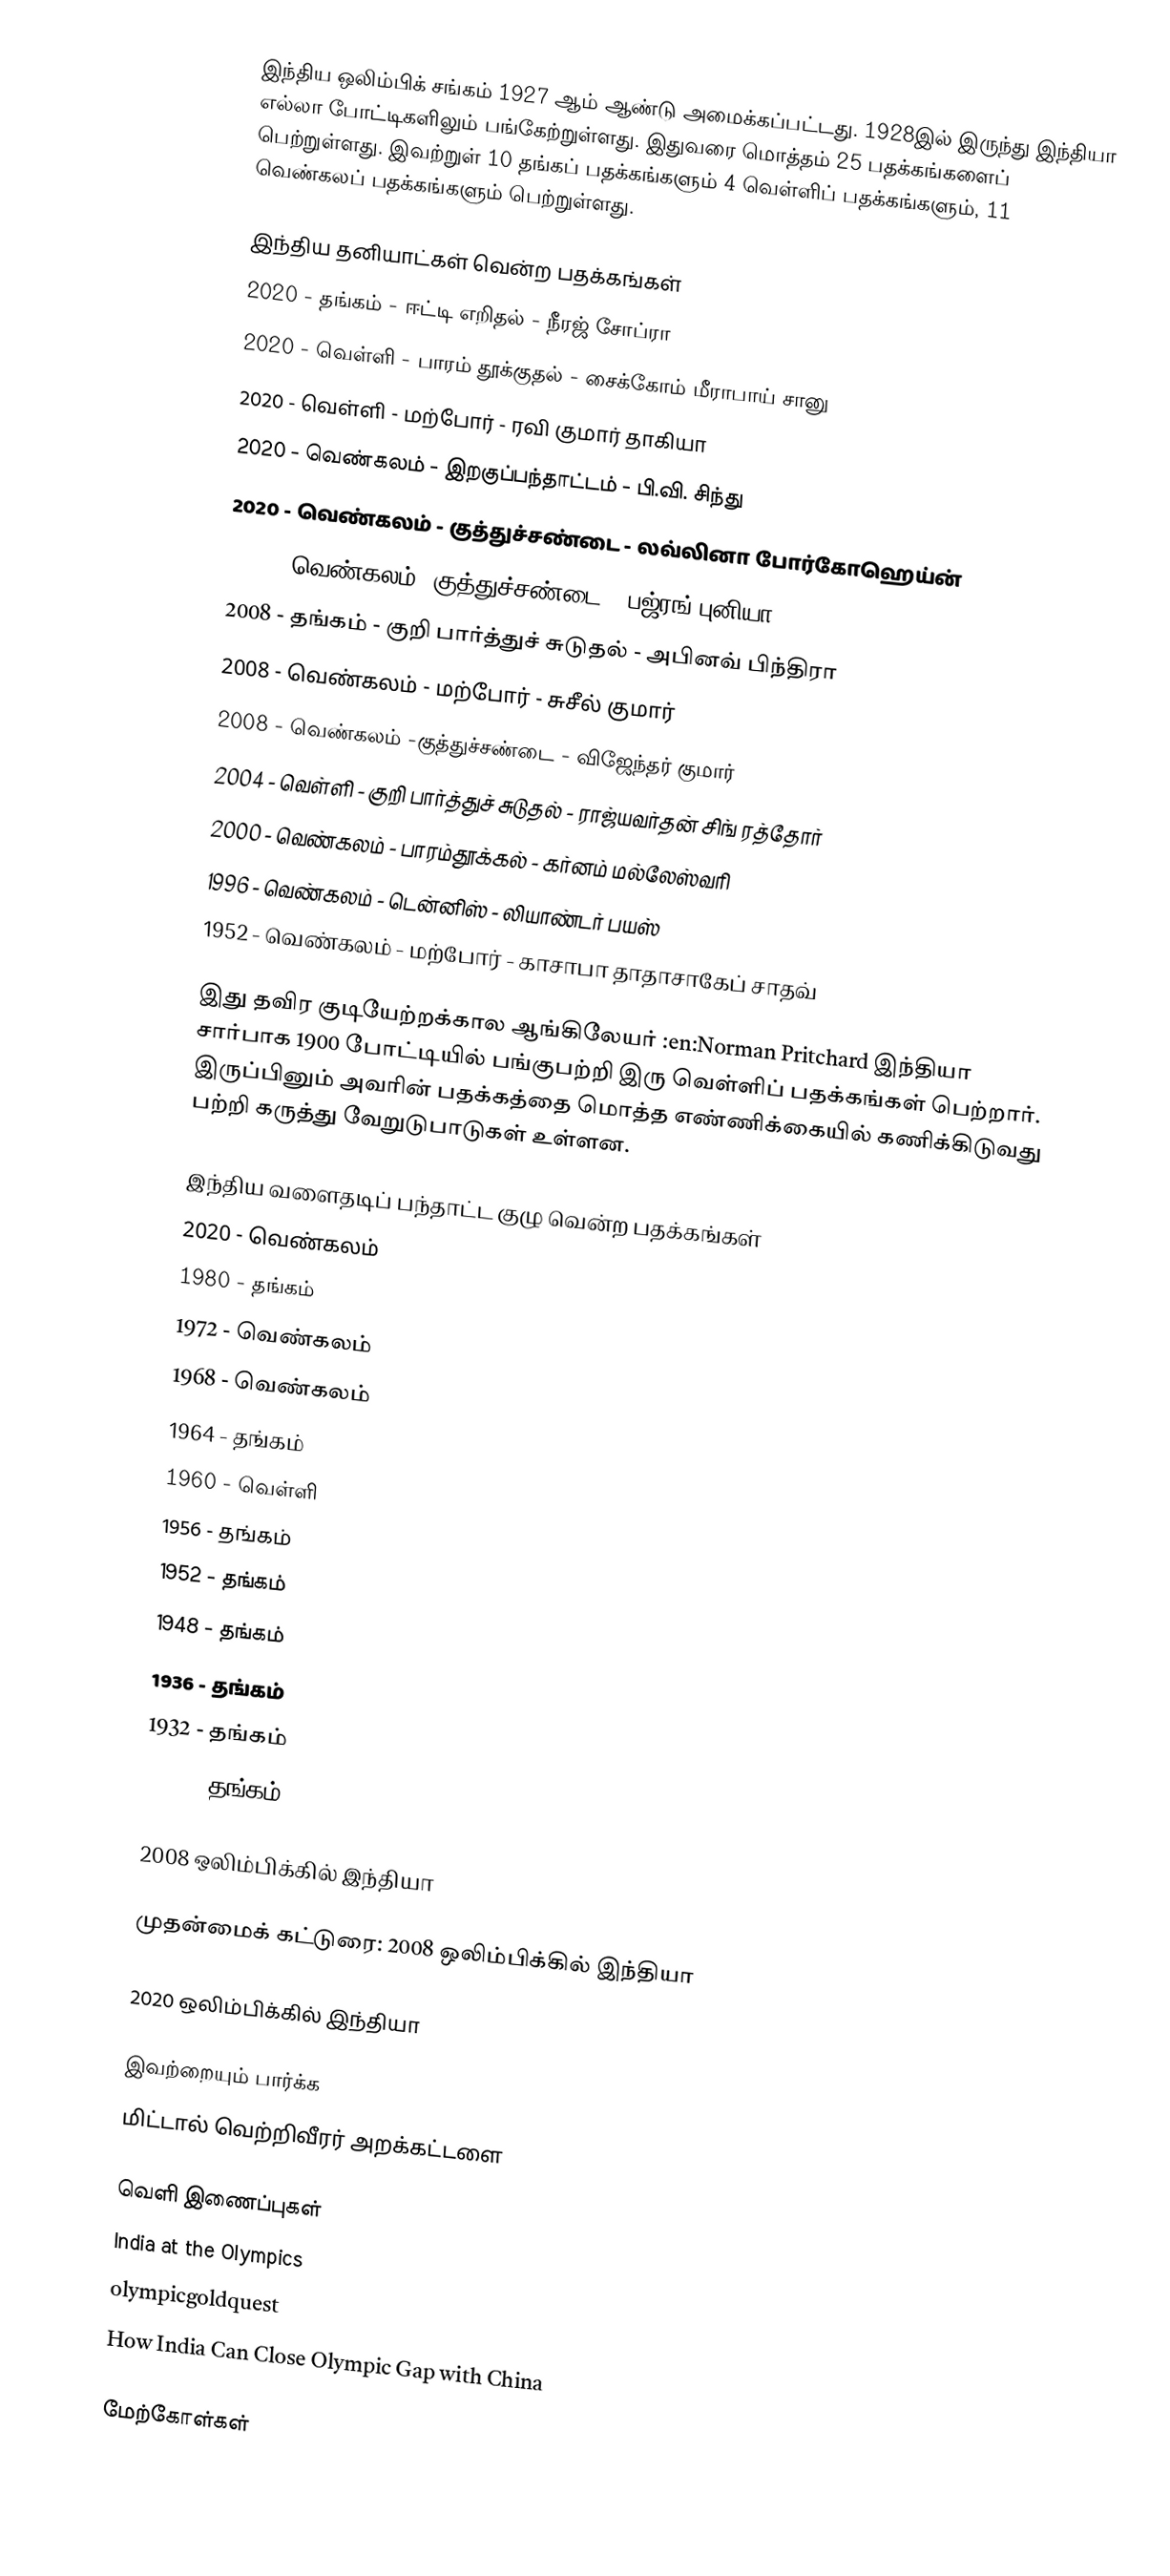
இந்திய ஒலிம்பிக் சங்கம் 1927 ஆம் ஆண்டு அமைக்கப்பட்டது.  1928இல் இருந்து இந்தியா எல்லா போட்டிகளிலும் பங்கேற்றுள்ளது.  இதுவரை மொத்தம் 25 பதக்கங்களைப் பெற்றுள்ளது.  இவற்றுள் 10 தங்கப் பதக்கங்களும் 4 வெள்ளிப் பதக்கங்களும், 11 வெண்கலப் பதக்கங்களும் பெற்றுள்ளது.

இந்திய தனியாட்கள் வென்ற பதக்கங்கள்
  2020 - தங்கம் - ஈட்டி எறிதல் - நீரஜ் சோப்ரா
 2020 - வெள்ளி - பாரம் தூக்குதல் - சைக்கோம் மீராபாய் சானு
 2020 - வெள்ளி - மற்போர் - ரவி குமார் தாகியா
 2020 - வெண்கலம் - இறகுப்பந்தாட்டம் - பி.வி. சிந்து
 2020 - வெண்கலம் - குத்துச்சண்டை - லவ்லினா போர்கோஹெய்ன்
 2020 -  வெண்கலம் -குத்துச்சண்டை - பஜ்ரங் புனியா
 2008 - தங்கம் - குறி பார்த்துச் சுடுதல் - அபினவ் பிந்திரா
 2008 - வெண்கலம் - மற்போர் - சுசீல் குமார்
 2008 - வெண்கலம் -குத்துச்சண்டை - விஜேந்தர் குமார்
 2004 - வெள்ளி - குறி பார்த்துச் சுடுதல் - ராஜ்யவர்தன் சிங் ரத்தோர்
 2000 - வெண்கலம் - பாரம்தூக்கல் - கர்னம் மல்லேஸ்வரி
 1996 - வெண்கலம் - டென்னிஸ் - லியாண்டர் பயஸ்
 1952 - வெண்கலம் - மற்போர் - காசாபா தாதாசாகேப் சாதவ்

இது தவிர குடியேற்றக்கால ஆங்கிலேயர் :en:Norman Pritchard இந்தியா சார்பாக 1900 போட்டியில் பங்குபற்றி இரு வெள்ளிப் பதக்கங்கள் பெற்றார்.  இருப்பினும் அவரின் பதக்கத்தை மொத்த எண்ணிக்கையில் கணிக்கிடுவது பற்றி கருத்து வேறுடுபாடுகள் உள்ளன.

இந்திய வளைதடிப் பந்தாட்ட குழு வென்ற பதக்கங்கள்
 2020 - வெண்கலம்
 1980 - தங்கம்
 1972 - வெண்கலம்
 1968 - வெண்கலம்
 1964 - தங்கம்
 1960 - வெள்ளி
 1956 - தங்கம்
 1952 - தங்கம்
 1948 - தங்கம்
 1936 - தங்கம்
 1932 - தங்கம்
 1928 - தங்கம்

2008 ஒலிம்பிக்கில் இந்தியா

முதன்மைக் கட்டுரை: 2008 ஒலிம்பிக்கில் இந்தியா

2020 ஒலிம்பிக்கில் இந்தியா

இவற்றையும் பார்க்க
 மிட்டால் வெற்றிவீரர் அறக்கட்டளை

வெளி இணைப்புகள்
 India at the Olympics
 olympicgoldquest
 How India Can Close Olympic Gap with China

மேற்கோள்கள்